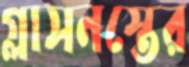
গ্লাসনস্তের